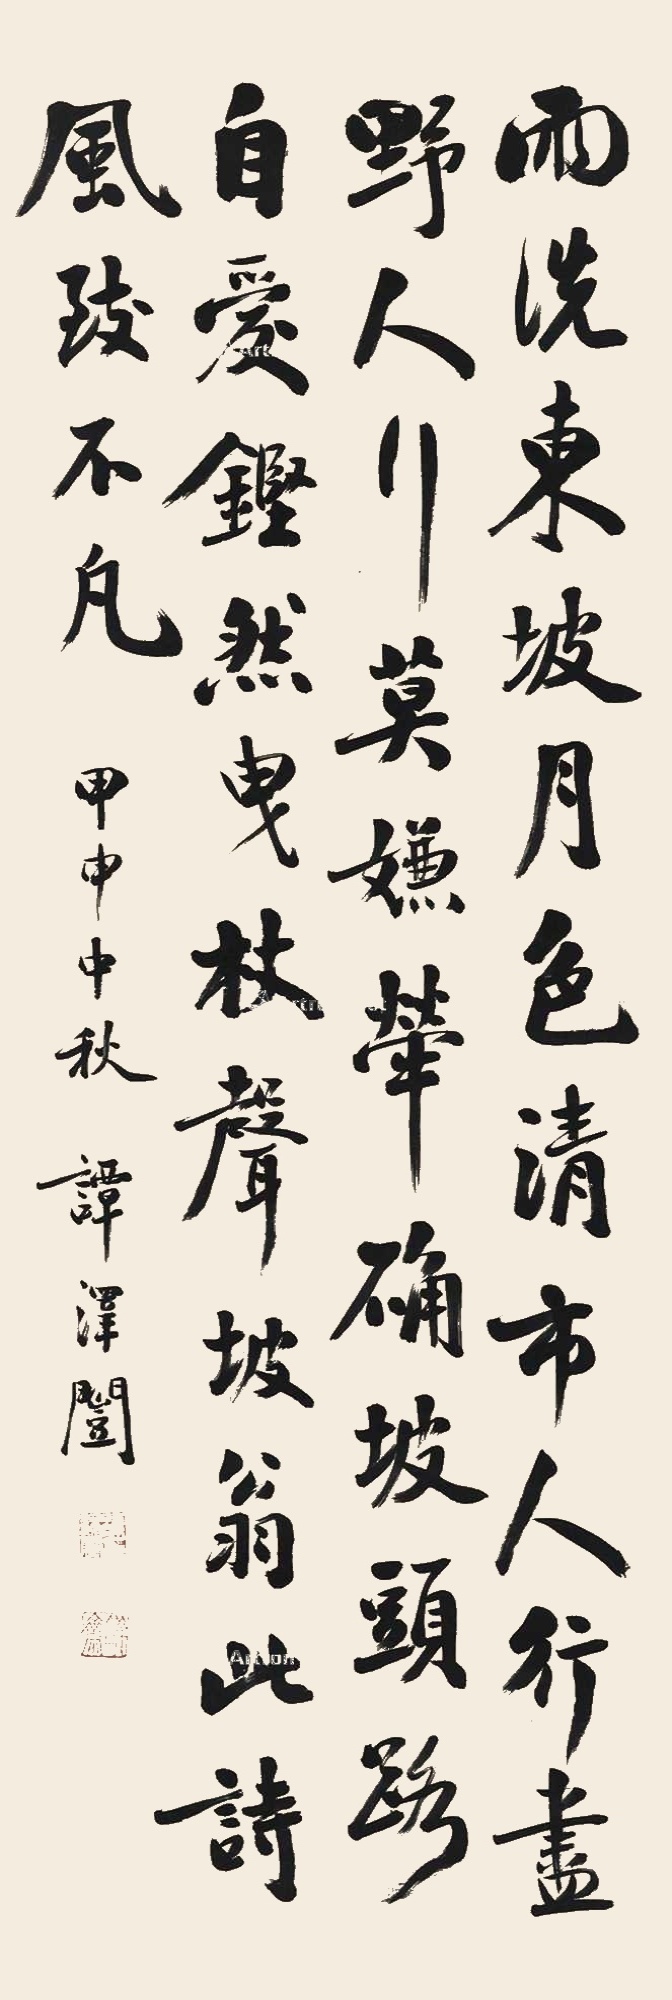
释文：雨洗东坡月色清，市人行尽野人行。莫嫌荦确坡头路，自爱铿然曳杖声。坡翁此诗风致不凡。甲申中秋，谭泽闿。